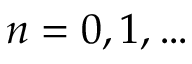
n = 0 , 1 , \ldots